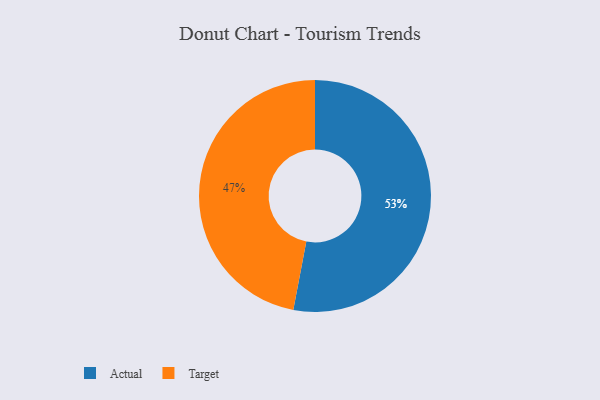
{"axis": {"x": "Category", "y": "Percentage"}, "legend": ["Actual", "Target"], "data": [{"x": "Actual", "y": 53, "type": "Actual"}, {"x": "Target", "y": 47, "type": "Target"}]}